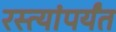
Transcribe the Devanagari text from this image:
रस्त्यांपर्यंत